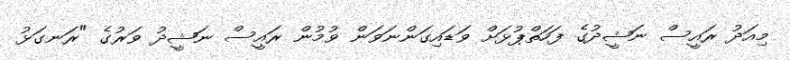
މިއަދު ރައީސް ނަޝީދުގެ ފަހަތްޕުޅަށް ވަޑައިގަންނަވަން ވުމުން ރައީސް ނަޝީދު ވަރުގެ "ރަނގަޅު